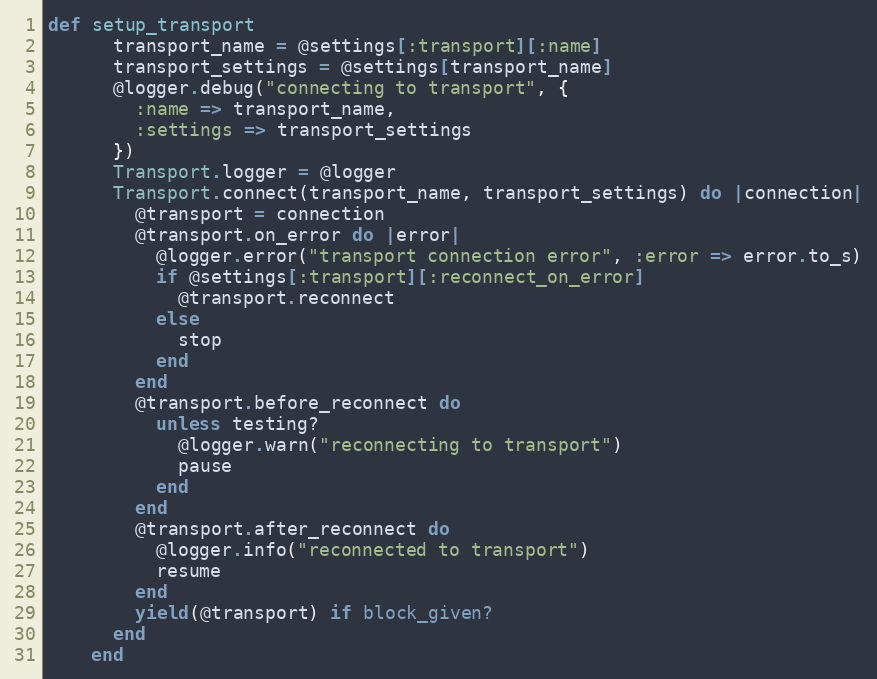
Language: Ruby
def setup_transport
      transport_name = @settings[:transport][:name]
      transport_settings = @settings[transport_name]
      @logger.debug("connecting to transport", {
        :name => transport_name,
        :settings => transport_settings
      })
      Transport.logger = @logger
      Transport.connect(transport_name, transport_settings) do |connection|
        @transport = connection
        @transport.on_error do |error|
          @logger.error("transport connection error", :error => error.to_s)
          if @settings[:transport][:reconnect_on_error]
            @transport.reconnect
          else
            stop
          end
        end
        @transport.before_reconnect do
          unless testing?
            @logger.warn("reconnecting to transport")
            pause
          end
        end
        @transport.after_reconnect do
          @logger.info("reconnected to transport")
          resume
        end
        yield(@transport) if block_given?
      end
    end